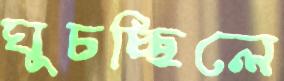
ঘুচচ্ছিলে